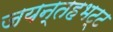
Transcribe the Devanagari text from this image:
जयन्तहभट्ट